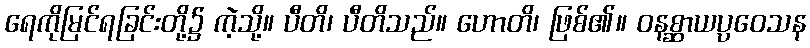
ရေကိုမြင်ရခြင်းတို့၌ ကဲ့သို့။ ပီတိ၊ ပီတိသည်။ ဟောတိ၊ ဖြစ်၏။ ဝနစ္ဆာယပ္ပဝေသန